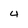
Character: 4